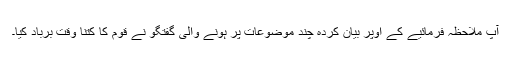
آپ ملاحظہ فرمائیے کے اوپر بیان کردہ چند موضوعات پر ہونے والی گفتگو نے قوم کا کتنا وقت برباد کیا۔